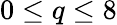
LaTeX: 0\le q\le 8